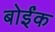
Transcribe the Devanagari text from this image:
बोईंक